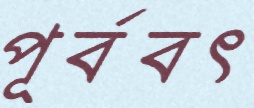
পূর্ববৎ